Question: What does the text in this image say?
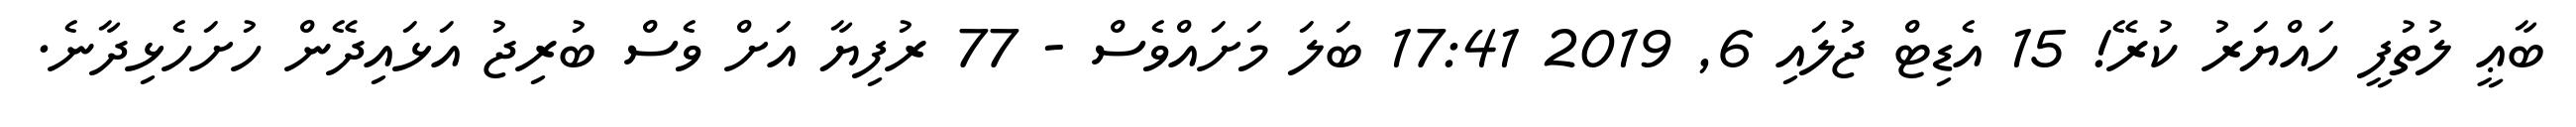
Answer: ބާޢީ ލުތުފީ ހައްޔަރު ކުރޭ! 15 އެޑިޓް ޖުލައި 6, 2019 17:41 ބަލަ މަށައްވެސް - 77 ރުފިޔާ އަށް ވެސް ބުރިޖު އަޅައިދޭން ހުށަހެޅިދާނެ.